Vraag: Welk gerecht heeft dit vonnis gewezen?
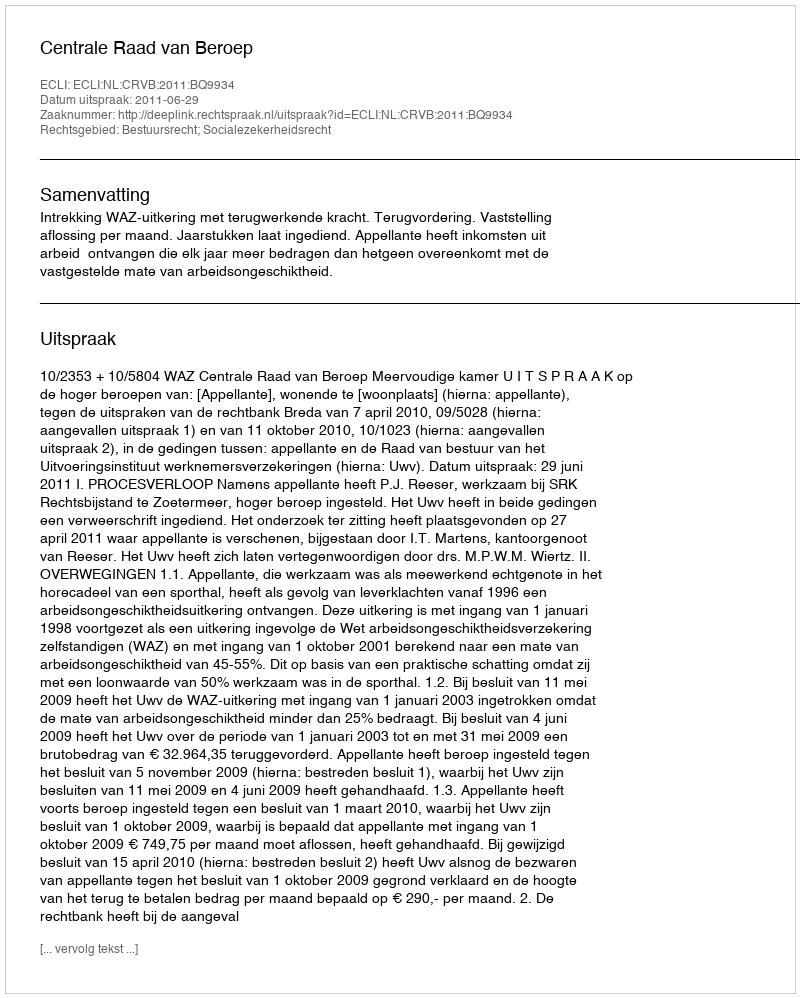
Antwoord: Centrale Raad van Beroep